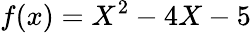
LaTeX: f(x)=X^{2}-4X-5